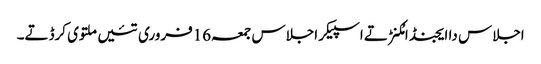
اجلاس دا ایجنڈا مُکنڑ تے اسپیکر اجلاس جمعہ16فروری تئیں ملتوی کرڈتے۔